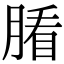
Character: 𦞖